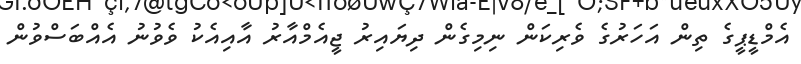
އެމްޑީޕީގެ ތިން އަހަރުގެ ވެރިކަން ނިމިގެން ދިޔައިރު ޖީއެމްއާރު އާއިއެކު ވެވުނު އެއްބަސްވުން